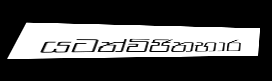
යටත්විජිතභාර